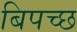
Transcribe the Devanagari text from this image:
बिपच्छ